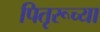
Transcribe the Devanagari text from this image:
पितृरूच्या